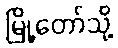
မြို့တော်သို့